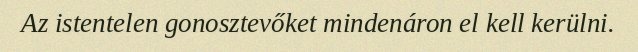
Az istentelen gonosztevőket mindenáron el kell kerülni.